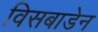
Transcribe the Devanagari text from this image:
विसबाडेन